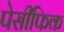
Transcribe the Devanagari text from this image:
पेसीफिक